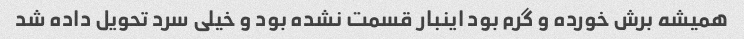
همیشه برش خورده و گرم بود اینبار قسمت نشده بود و خیلی سرد تحویل داده شد